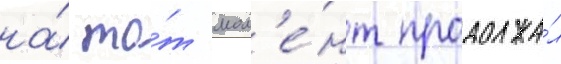
на́ то́т мом'е́нт продолжа́л